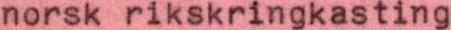
norsk rikskringkasting